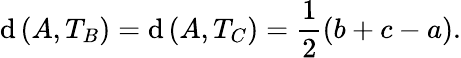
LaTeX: \mathrm{d}\left(A,T_{B}\right)=\mathrm{d}\left(A,T_{C}\right)={\frac{{1}}{{2}}}(b+c-a).